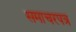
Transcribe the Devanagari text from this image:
समाचरपत्र